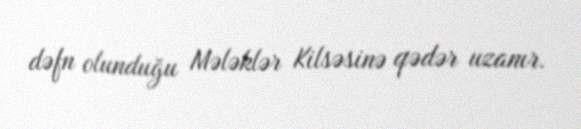
dəfn olunduğu Mələklər Kilsəsinə qədər uzanır.